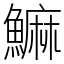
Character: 䲈